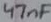
Text: 47nF